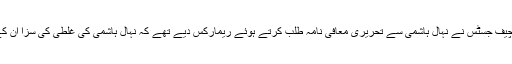
اس سے قبل دورانِ سماعت چیف جسٹس نے نہال ہاشمی سے تحریری معافی نامہ طلب کرتے ہوئے ریمارکس دیے تھے کہ نہال ہاشمی کی غلطی کی سزا ان کے بچوں کو نہیں دینا چاہتے۔